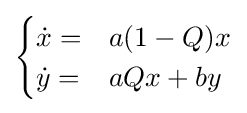
{\begin{cases}{\dot {x}}=&a(1-Q)x\\{\dot {y}}=&aQx+by\\\end{cases}}